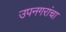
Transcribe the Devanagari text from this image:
उपनगरांचा